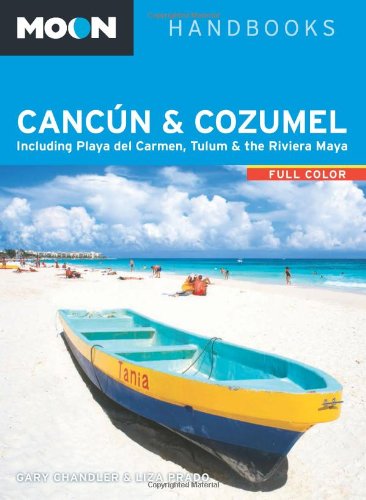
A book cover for Moon CancÃºn & Cozumel: Including Playa del Carmen, Tulum & the Riviera Maya (Moon Handbooks); Gary Chandler; Travel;